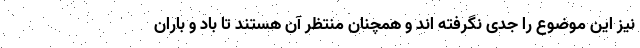
نیز این موضوع را جدی نگرفته اند و همچنان منتظر آن هستند تا باد و باران